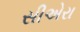
સીએરા